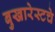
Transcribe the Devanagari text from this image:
बुखारेस्टचे